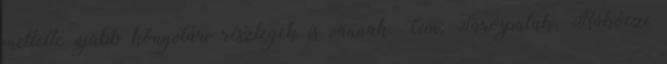
mellette újabb könyvtári részlegek is vannak. Cím: Sárospatak, Rákóczi